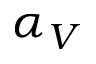
\alpha _ { V }